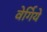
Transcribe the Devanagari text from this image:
वेर्गिये